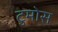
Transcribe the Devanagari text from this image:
टुमोस